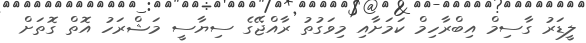
ލީޑަރު ގާސިމް އިބްރާހިމް ކަމަށާއި މިވަގުތު ރާއްޖޭގެ ސިޔާސީ މަޝްރަހު އޮތް ގޮތަށް